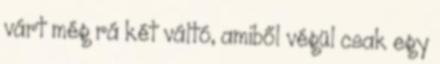
várt még rá két váltó, amiből végül csak egy